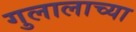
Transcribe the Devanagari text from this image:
गुलालाच्या